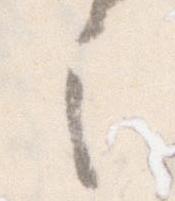
之